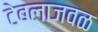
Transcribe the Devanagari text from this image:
टेबलाजवळ